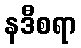
နဒီစရာ